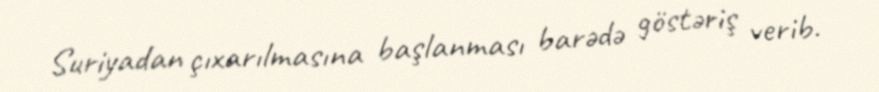
Suriyadan çıxarılmasına başlanması barədə göstəriş verib.